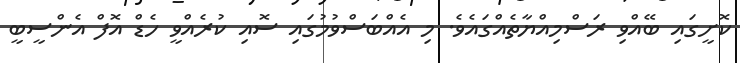
ކޮށީގައި ބޭއްވި ރަސްމިއްޔާތެއްގައެވެ. މި އެއްބަސްވުމުގައި ސޮއި ކުރެއްވީ ހެޑް އޮފް އެންސީބީ